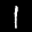
Label: 1